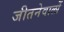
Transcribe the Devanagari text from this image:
जीतनेवालों